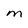
Character: M